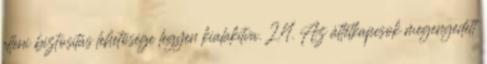
elleni biztosítás lehetõsége legyen kialakítva. 2.4. Az áttétkapcsok megengedett